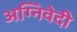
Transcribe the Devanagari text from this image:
अग्निवेदी